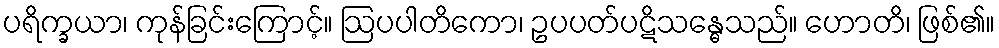
ပရိက္ခယာ၊ ကုန်ခြင်းကြောင့်။ ဩပပါတိကော၊ ဥပပတ်ပဋိသန္ဓေသည်။ ဟောတိ၊ ဖြစ်၏။